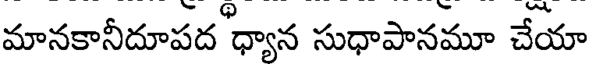
మానకానీదూపద ధ్యాన సుధాపానమూ చేయా